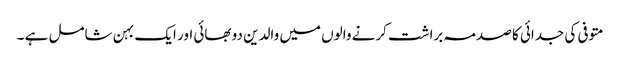
متوفی کی جدائی کا صدمہ براشت کرنے والوں میں والدین دو بھائی اور ایک بہن شامل ہے ۔